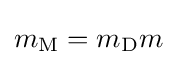
m_{\textrm {M}}=m_{\textrm {D}}m